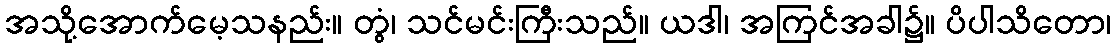
အသို့အောက်မေ့သနည်း။ တွံ၊ သင်မင်းကြီးသည်။ ယဒါ၊ အကြင်အခါ၌။ ပိပါသိတော၊